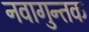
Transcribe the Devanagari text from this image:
नवागुन्तक